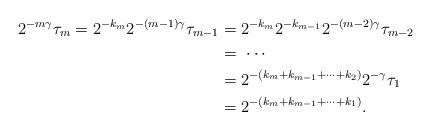
\begin{align*}2^{-m\gamma}\tau_{m}=2^{-k_{m}}2^{-(m-1)\gamma}\tau_{m-1} & =2^{-k_{m}}2^{-k_{m-1}}2^{-(m-2)\gamma}\tau_{m-2}\\ & =\ \cdots\\ & =2^{-(k_{m}+k_{m-1}+\cdots+k_{2})}2^{-\gamma}\tau_{1} \\ & =2^{-(k_{m}+k_{m-1}+\cdots+k_{1})}.\end{align*}